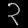
Digit: ၃